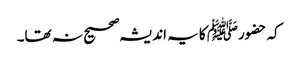
کہ حضورﷺ کا یہ اندیشہ صحیح نہ تھا۔